65_HS1-834228961_62-HQ-83894_Section_8
Agency: FBI
Page 5
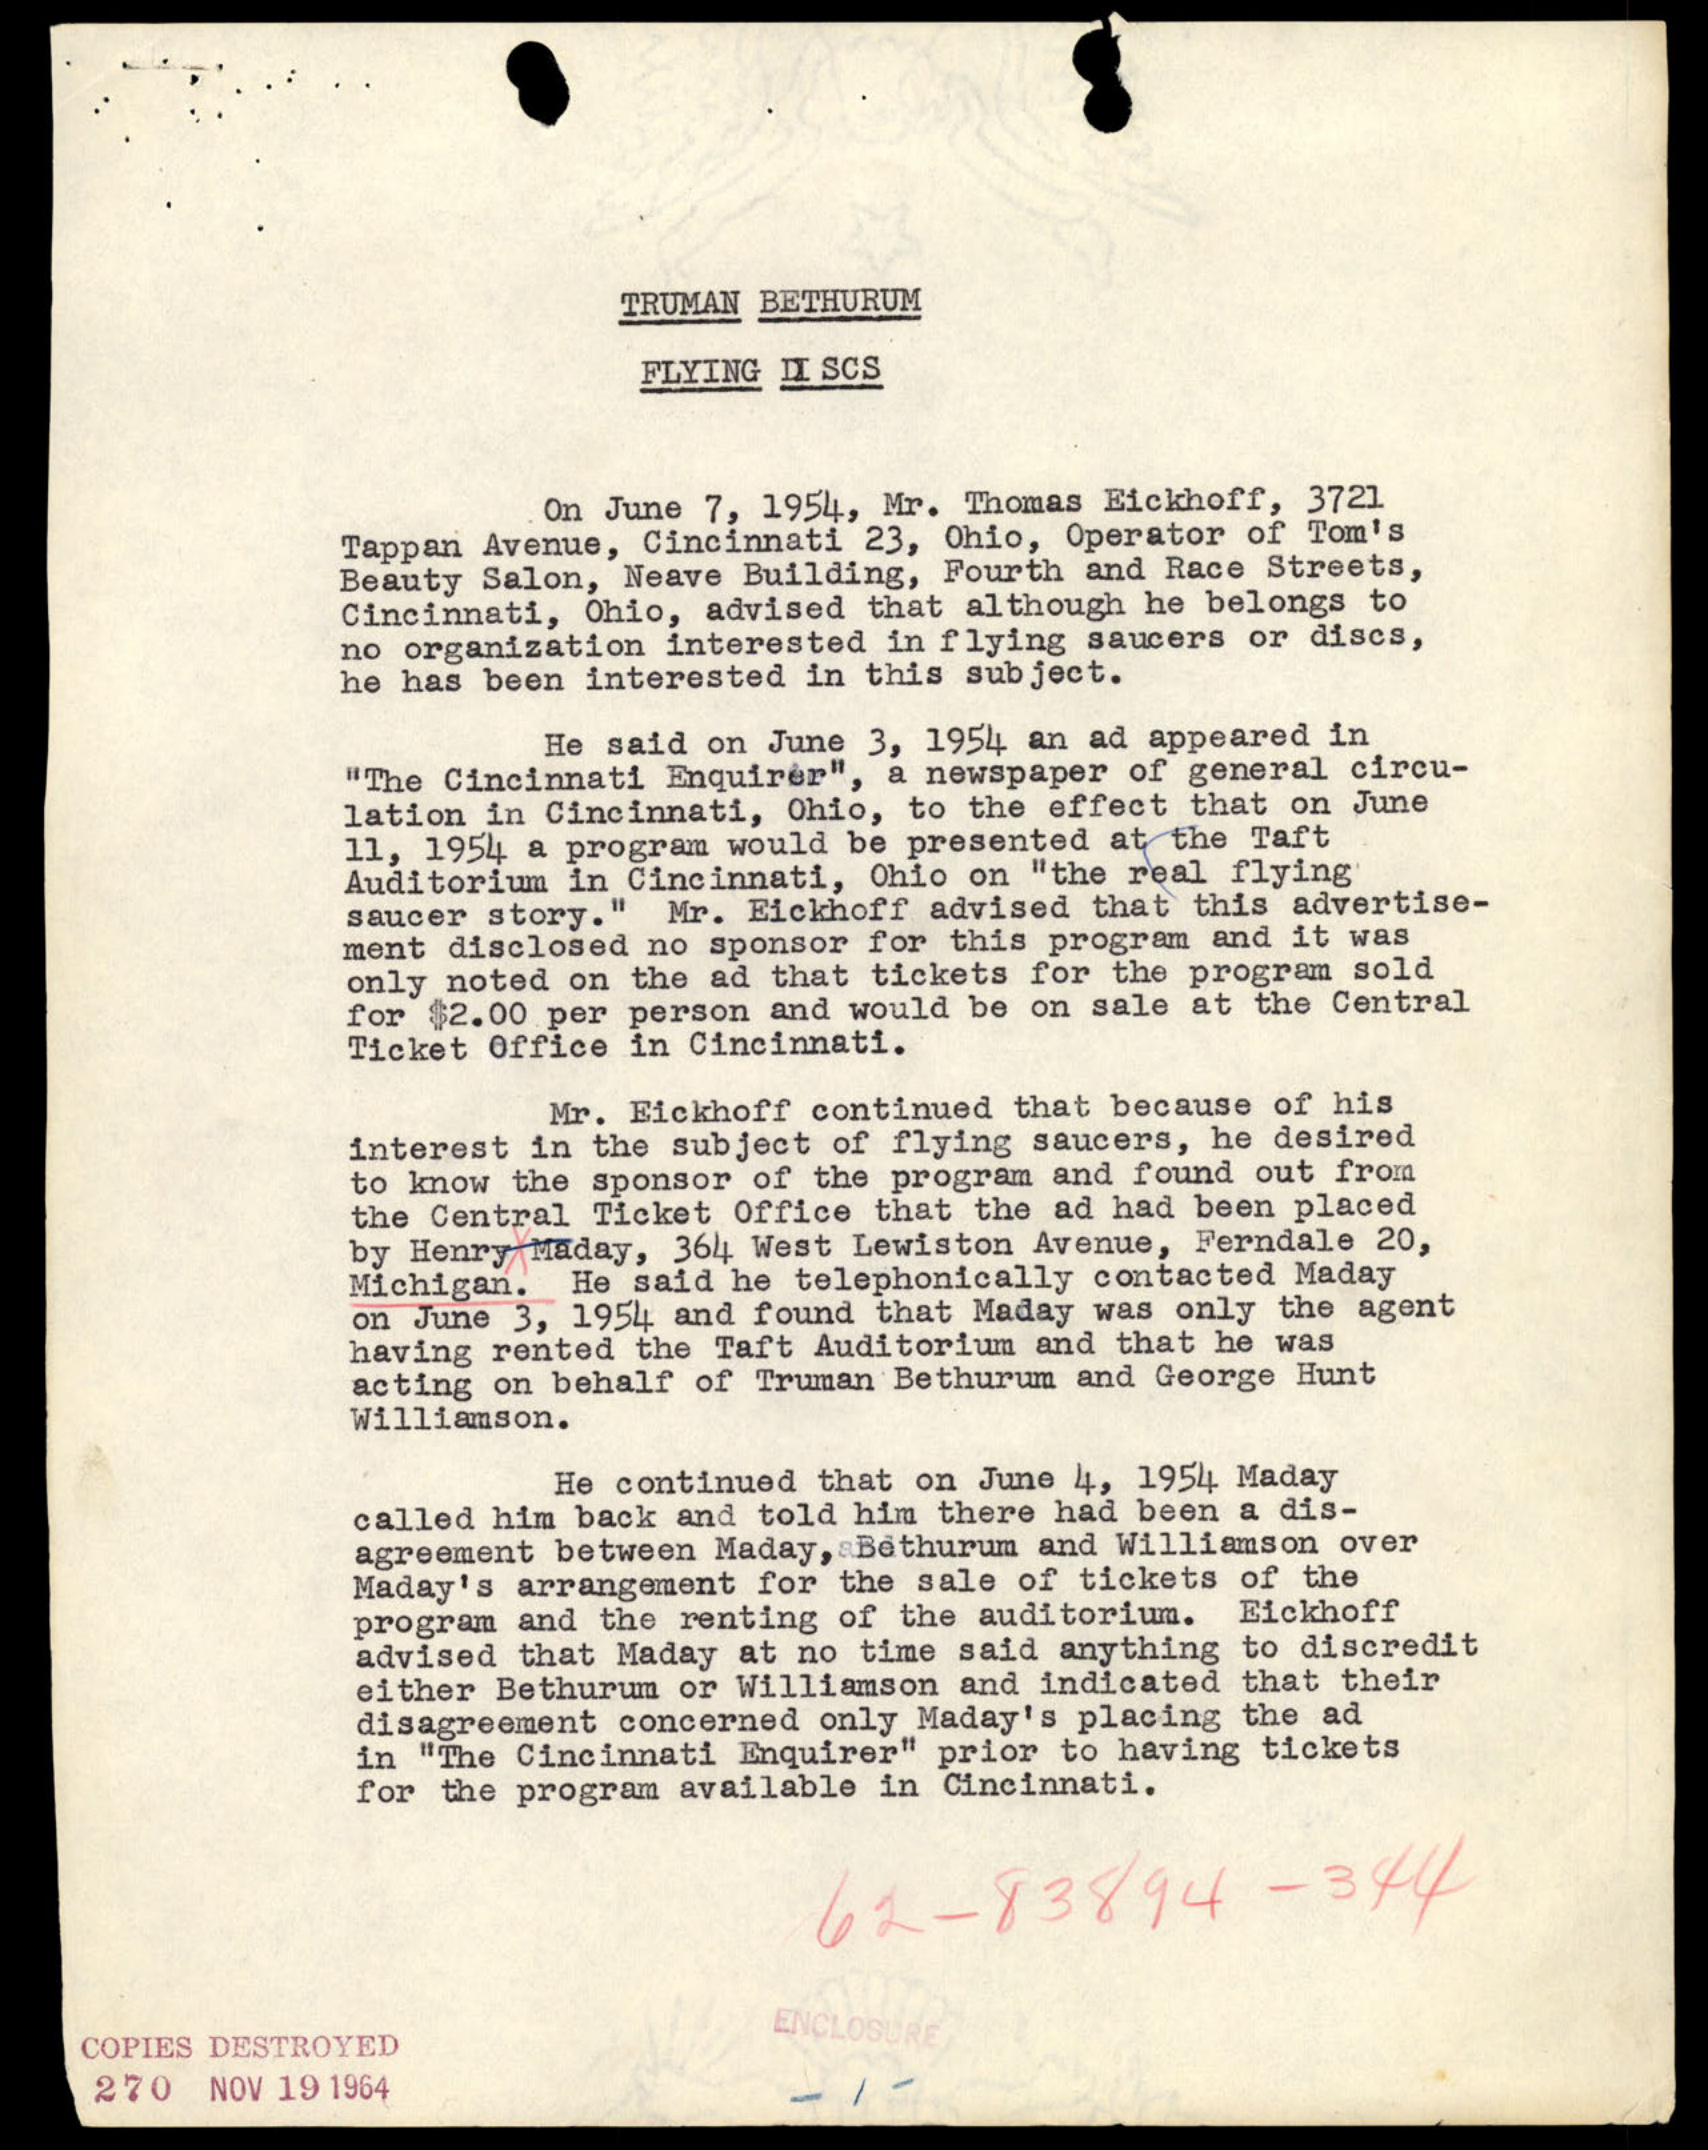